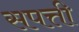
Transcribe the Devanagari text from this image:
सपत्ती